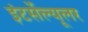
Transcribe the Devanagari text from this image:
इंटर्सेल्यूलर